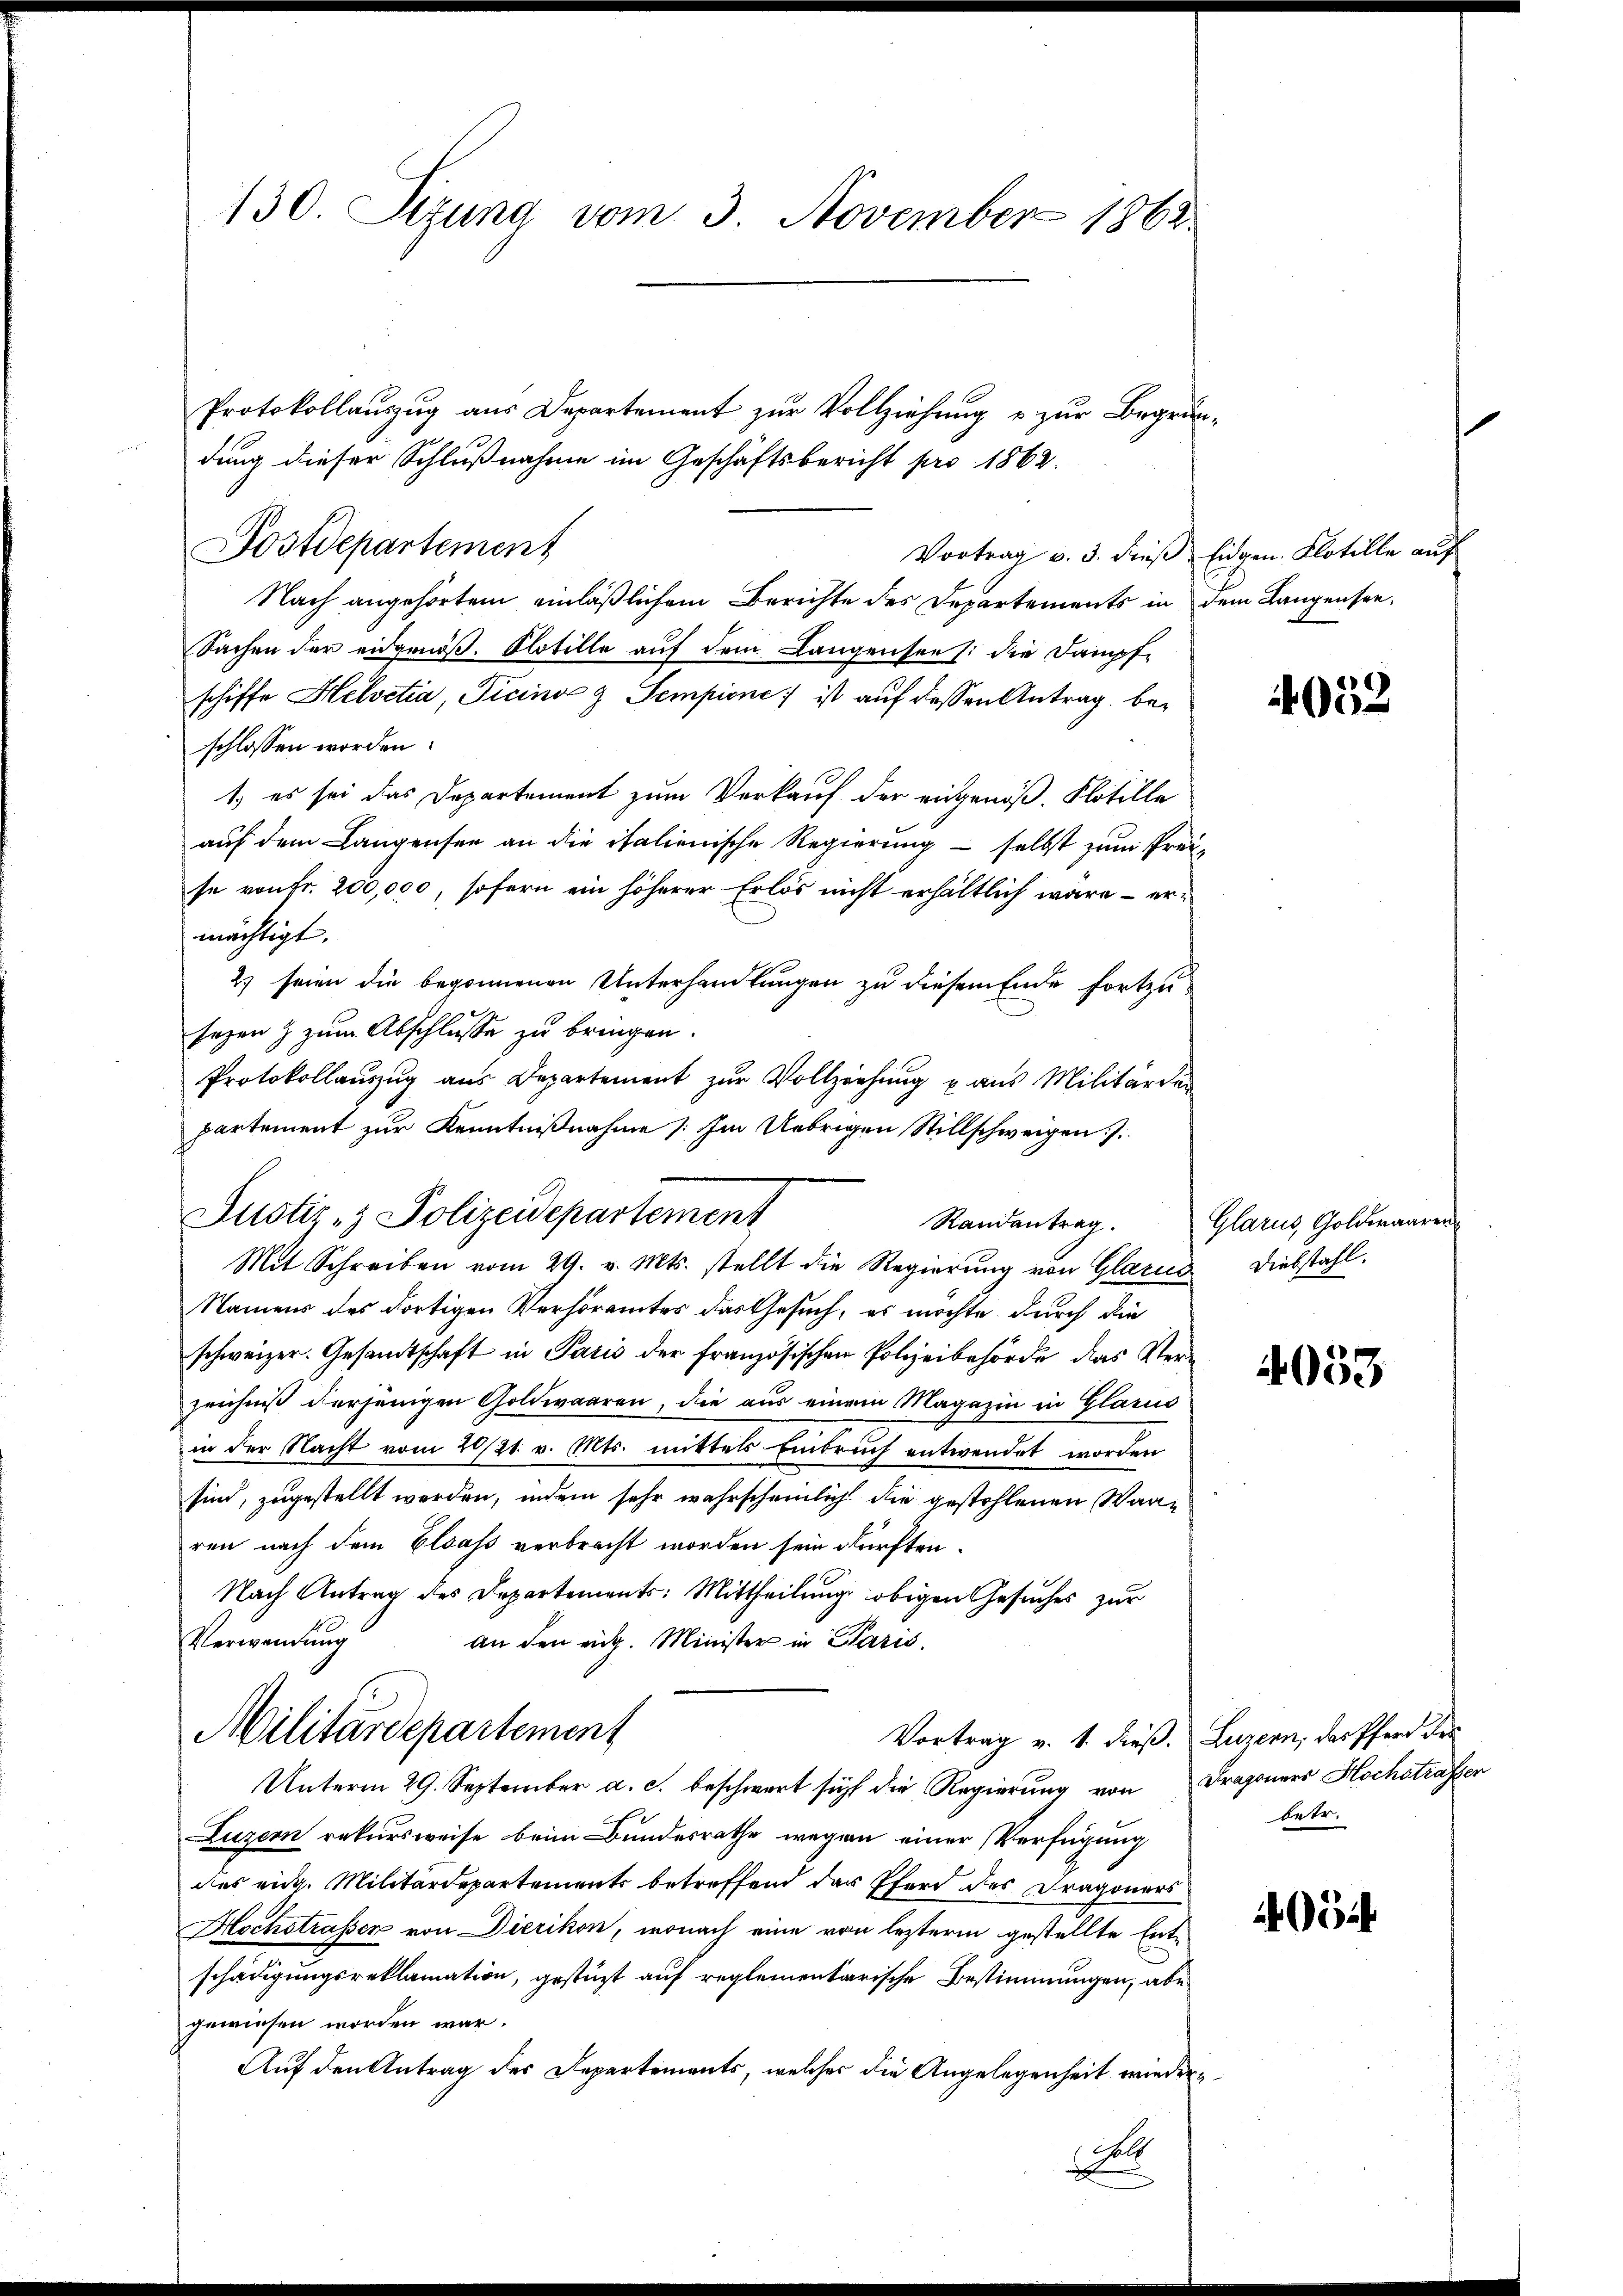
130. Sizung vom 3. November 1862

Protokollauszug aus Departement zur Vollziehung u zur Begründung dieser Schlußnahme im Geschäftsbericht pro 1862.
Vortrag v. 3. dieß, Eidgen. Flotille auf
Nach angehörtem einläßlichem Berichte des Departements in dem Langensee¬
Sachen der eidgenöß. Flotille auf dem Langensee /: die Dampf-
schiffe Helvetia, Ticina & Sempione ist auf dessen Antrag, beschlossen worden.
1.) es sei das Departement zum Verkauf der eingenoß. Flotille
auf dem Langensee an die italienische Regierung – selbst zum Preise von Fr. 200,000, sofern ein höherer Erlös nicht erhältlich wäre – ermächtigt.
2) seien die begonnenen Unterhandlungen zu diesem Ende fortzusezen & zum Abschlusse zu bringen.
Protokollaŭszŭg ans Departement zŭr Vollziehŭng u aŭs Militärder
partement zur Kenntnißnahme Im Uebrigen Stillschweigen).
Mit Schreiben vom 29. v. Mts. stellt die Regierung von Glarus
Namens des dortigen Verhöramtes das Gesuch, es möchte durch die
schweizer. Gesandtschaft in Paris der französischen Polizeibehörde das Verzeichniß derjenigen Goldwaaren, die aus einem Magazin in Glarus
in der Nacht vom 2021. v. Mts. mittels Einbruch entwendet worden
sind, zugestellt werden, indem sehr wahrscheinlich die gestohlenen Waaren nach dem Elsass verbracht worden sein dürften.
Nach Antrag des Departements: Mittheilung obigen Gesuches zur
Verwendung
an den eidg. Minister in Paris.
Militärdepartement
Vortrag v. 1. dieß. Luzern, das Pferd des
Unterm 29. September a. c. beschwart sich die Regierung von Dragoners Hochstraften
Luzern rekursweise beim Bundesrathe wegen einer Verfügung
des eidg. Militärdepartements betreffend der Pferd des Dragoners
Hochstrasser von Dierikon, wonach eine von lezterm gestellte Entschädigungsreklamation, gestüzt auf reglementarische Bestimmungen, abe
gewiesen worden war.
Auf den Antrag des Departements, welches die Angelegenheit wieder¬
F

Dostdepartement

Justiz- & Polizeidepartement

4052

Randantrag. Glarus, Goldwaaren
Diebstahl.

4053

betr.

4052